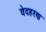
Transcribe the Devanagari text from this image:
वेदहरण